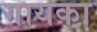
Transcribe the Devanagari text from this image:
गायका